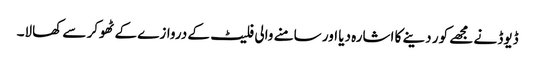
ڈیوڈ نے مجھے کور دینے کا اشارہ دیا اور سامنے والی فلیٹ کے دروازے کے ٹھوکر سے کھالا۔